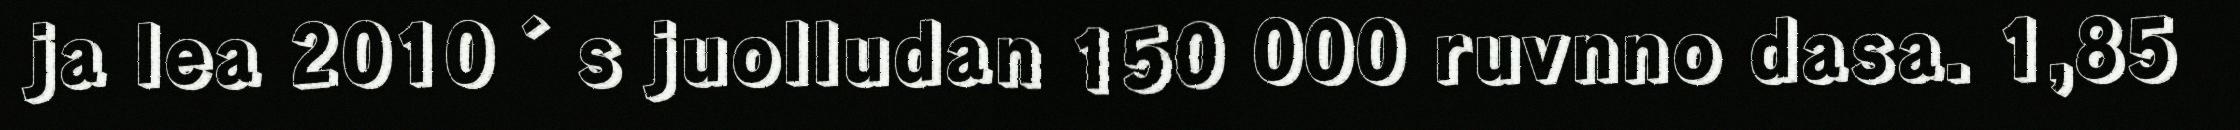
ja lea 2010´s juolludan 150 000 ruvnno dasa. 1,85